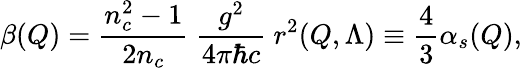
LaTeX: \beta(Q)={\frac{n_{c}^{2}-1}{2n_{c}}}\ {\frac{g^{2}}{4\pi\hbar c}}\ r^{2}(Q,\Lambda)\equiv{\frac{4}{3}}\alpha_{s}(Q),